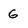
Character: 6